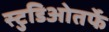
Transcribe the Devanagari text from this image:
स्टुडिओतर्फे